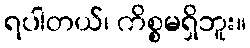
ရပါတယ်၊ ကိစ္စမရှိဘူး။